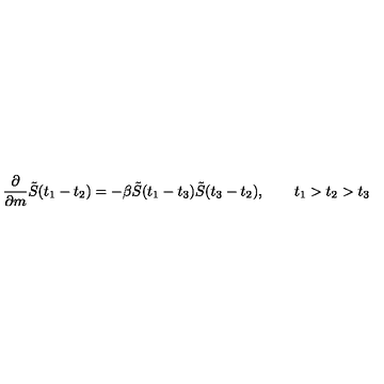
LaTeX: { \frac { \partial } { \partial { m } } } \tilde { S } ( t _ { 1 } - t _ { 2 } ) = - \beta \tilde { S } ( t _ { 1 } - t _ { 3 } ) \tilde { S } ( t _ { 3 } - t _ { 2 } ) , \qquad t _ { 1 } > t _ { 2 } > t _ { 3 }